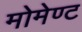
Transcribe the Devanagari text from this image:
मोमेण्ट